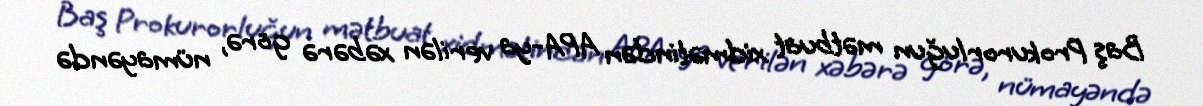
Baş Prokurorluğun mətbuat xidmətindən APA-ya verilən xəbərə görə, nümayəndə